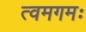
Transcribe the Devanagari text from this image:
त्वमगमः